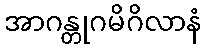
အာဂန္တုဂမိဂိလာနံ